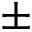
\pm